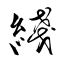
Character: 綫